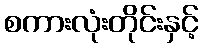
စကားလုံးတိုင်းနှင့်